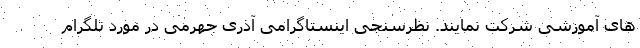
های آموزشی شرکت نمایند. نظرسنجی اینستاگرامی آذری‌ جهرمی در مورد تلگرام